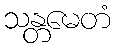
သန္တမေတံ